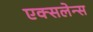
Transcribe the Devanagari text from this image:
एक्सलेन्स